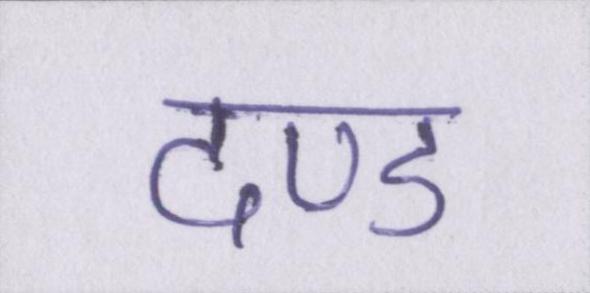
दण्ड